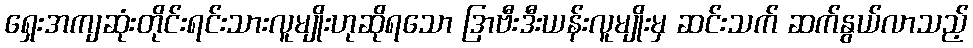
ရှေးအကျဆုံးတိုင်းရင်းသားလူမျိုးဟုဆိုရသော ဒြာဗီးဒီးယန်းလူမျိုးမှ ဆင်းသက် ဆက်နွယ်လာသည့်